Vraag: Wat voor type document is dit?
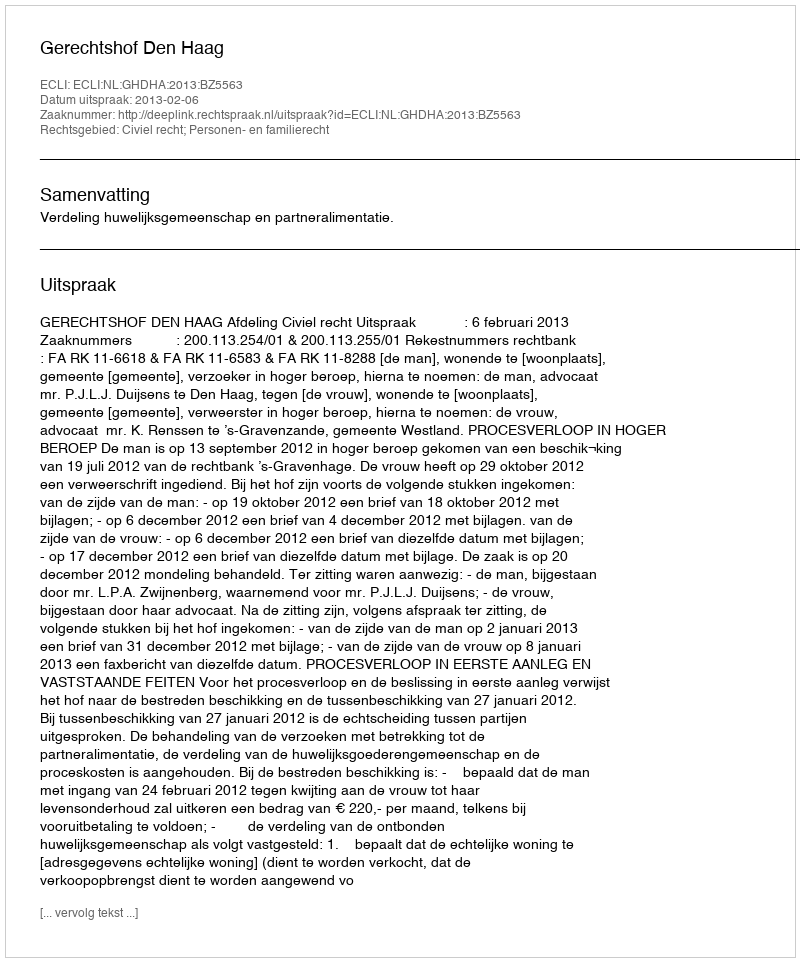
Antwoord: Uitspraak